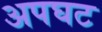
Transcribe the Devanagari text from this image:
अपघट